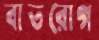
বাতরোগ